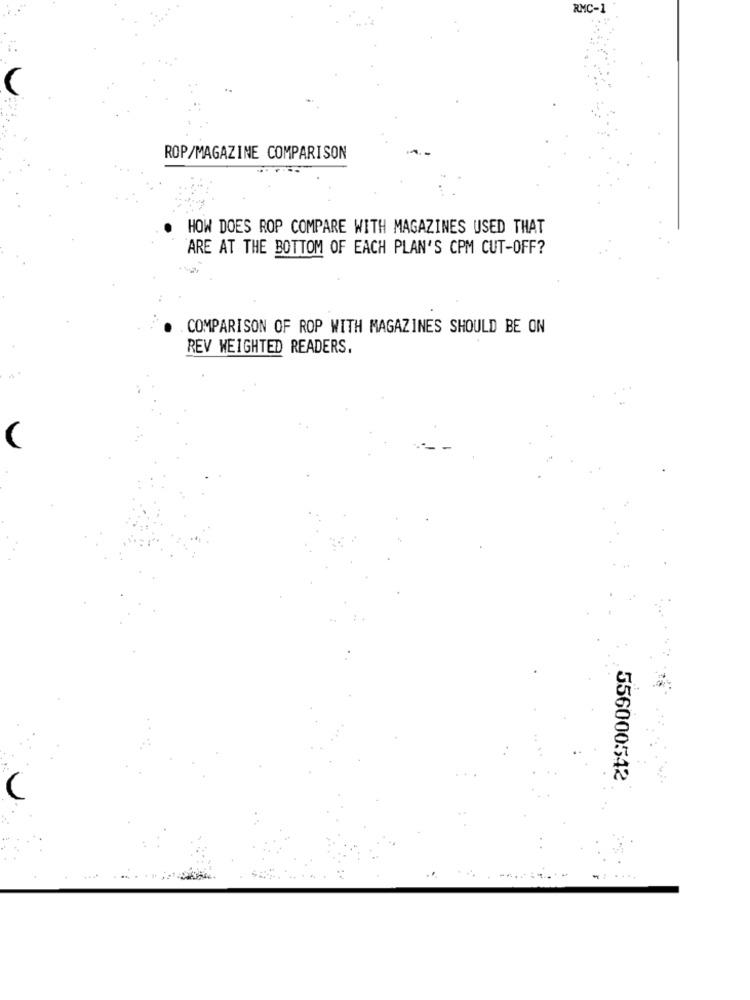
RMC-1
ROP/MAGAZINE COMPARISON
HOW DOES ROP COMPARE WITH MAGAZINES USED THAT
ARE AT THE BOTTOM OF EACH PLAN'S CPM CUT-OFF?
COMPARISON OF ROP WITH MAGAZINES SHOULD BE ON
REV WEIGHTED READERS.
(
556000542